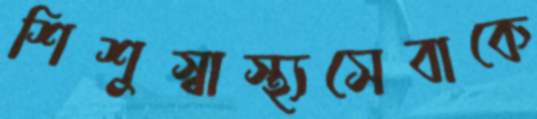
শিশুস্বাস্থ্যসেবাকে